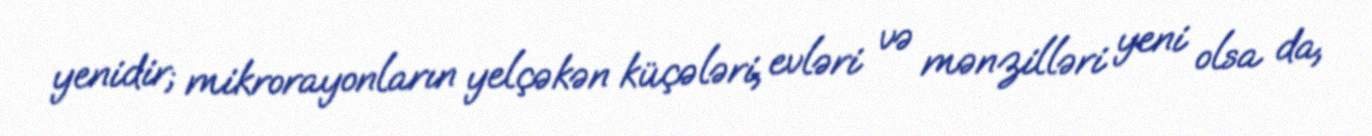
yenidir; mikrorayonların yelçəkən küçələri, evləri və mənzilləri yeni olsa da,